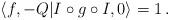
LaTeX: \begin{align*}\langle f, -Q|I\circ g\circ I,0\rangle =1 \, .\end{align*}